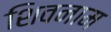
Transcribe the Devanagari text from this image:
शिवनाम